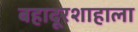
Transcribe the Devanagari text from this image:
बहादूरशाहाला